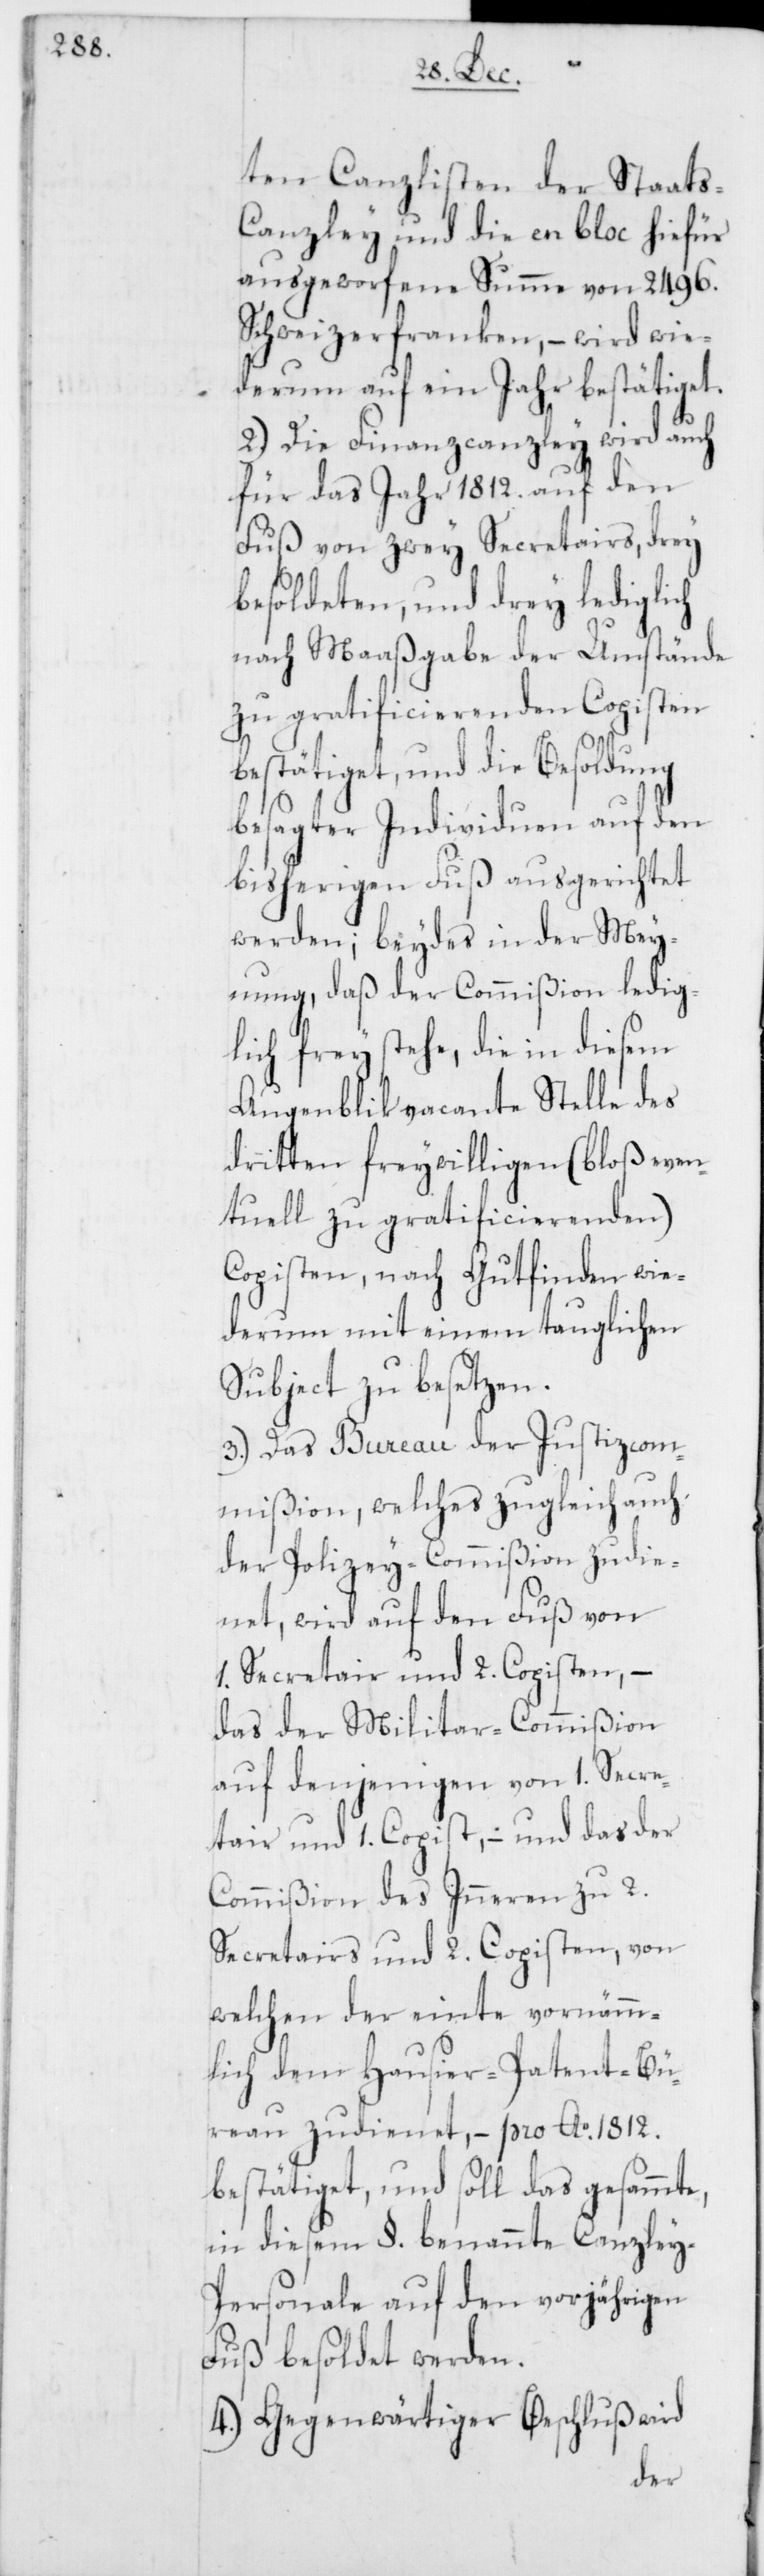
ten Canzlisten der Staats-C¬
anzley und die en bloc hiefür
ausgeworfene Summe von 2496.
Schweizerfranken, – wird wie¬
derum auf ein Jahr bestätiget.
2.) Die Finanzcanzley wird auch
für das Jahr 1812. auf den
Fuß von zwey Secretairs, drey
besoldeten, und drey lediglich
nach Maaßgabe der Umstände
zu gratificierenden Copisten
bestätiget, und die Besoldung
besagter Individuen auf den
bisherigen Fuß ausgerichtet
werden; beydes in der Mey¬
nung, daß der Commißion ledig¬
lich frey stehe, die in diesem
Augenblik vacante Stelle des
dritten freywilligen ( bloß even¬
tuell zu gratificierenden)
Copisten, nach Gutfinden wie¬
derum mit einem tauglichen
Subject zu besetzen.
3.) Das Bureau der Justizcom¬
mißion, welches zugleich auch
der Polizey-Commißion zudie¬
net, wird auf den Fuß von
1. Secretair und 2. Copisten, –
das der Militar-Commißion
auf denjenigen von 1. Secre¬
tair und 1. Copist, – und das der
Commißion des Inneren zu 2.
Secretairs und 2. Copisten, von
welchen der einte vornämm¬
lich dem Hausier-Patent-Bü¬
reau zudienet, – pro Ao. 1812.
bestätiget, und soll das gesammte,
in diesem §. benannte Canzley-P¬
ersonale auf den vorjährigen
Fuß besoldet werden.
4.) Gegenwärtiger Beschluß wird